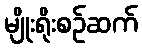
မျိုးရိုးစဉ်ဆက်